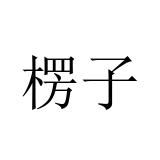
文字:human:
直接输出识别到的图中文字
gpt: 楞子